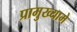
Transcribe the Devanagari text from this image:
प्रामुख्यामे